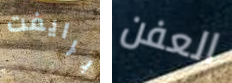
برايفت العفن